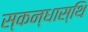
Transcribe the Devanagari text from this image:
स्कन्धास्थि